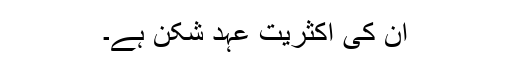
ان کی اکثریت عہد شکن ہے۔